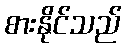
စားနိုင်သည်